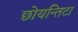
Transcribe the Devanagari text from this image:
छोयन्तिटा